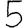
Digit: 5